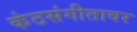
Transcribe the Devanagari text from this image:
कंठसंगीतावर